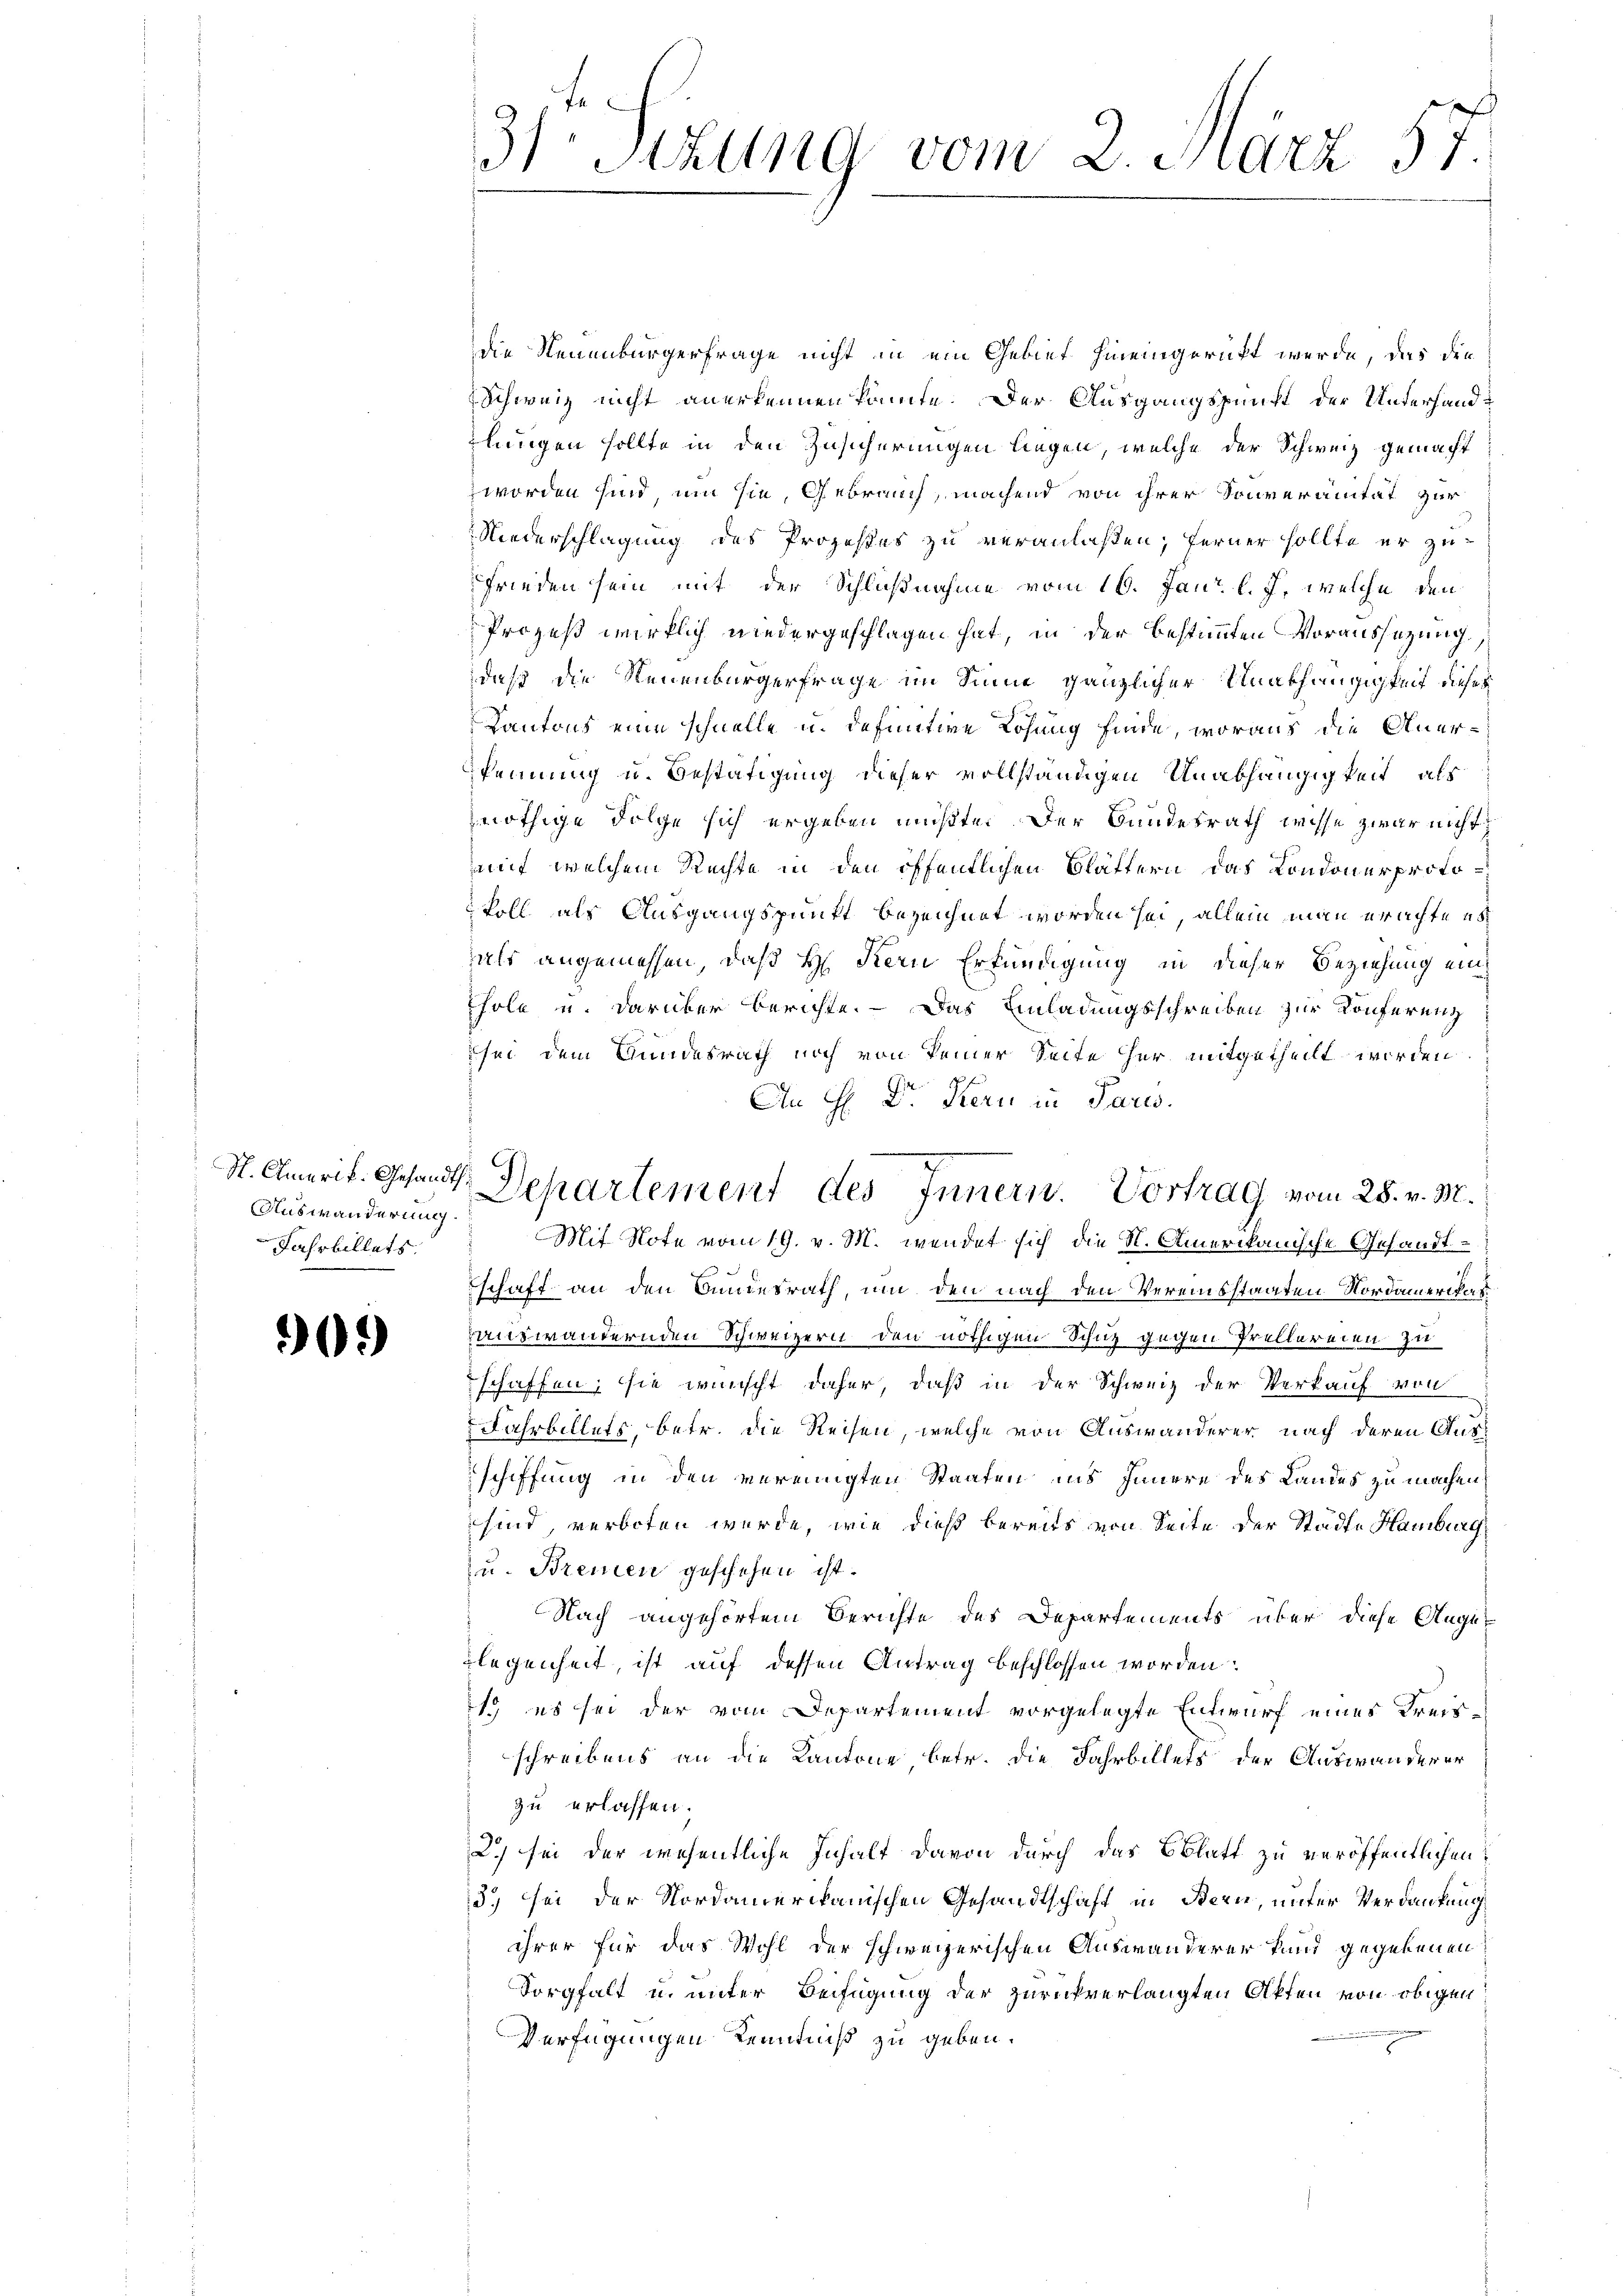
Auswanderung.
Jahrbillets,

2)

31. Sekung vom 2. März 57.

die Neuenburgerfrage nicht in ein Gebiet hineingerückt werde, das die
Schweiz nicht anerkennen könnte. Der Ausgangspunkt der Unterhandlungen sollte in den Zusicherungen liegen, welche der Schweiz gemacht
worden sind, um sie, Gebrauch, machend von ihrer Souveranität zur
Niederschlagung des Prozeßes zu veranlaßen, ferner sollte er zu
Frieden sein mit der Schlußnahme vom 16. Janr. l. J. welche den
Prozeß wirklich niedergeschlagen hat, in der bestimmten Voraussetzung.
daß die Neuenburgerfrage im Sinne gänzlicher Unabhängigkeit dieses
Kantons eine schnelle u. definitive Lösung finde, woraus die Anerkennung u. Bestätigung dieser vollständigen Unabhängigkeit, als
nöthige Folge sich ergeben müßte. Der Bundesrath wisse zwar nicht
af, welchem Rechte in den öffentlichen Blättern das Condonerprotovoll als Ausgangspunkt bezeichnet worden sei, allein man erachtens
als angemessen, daß H. Kern Erkundigung in dieser Beziehung ein¬
Thole u. darüber berichte. — Das Einladungsschreiben zur Konferung
sei dem Bundesrath noch von keiner Seite her mitgetheilt worden.
An H. Dr. Kern in Paris.
Mit Note vom 19. v. M. wendet sich die St. Amerikanische Gesandt-

schaft an den Bundesrath, um den nach den Vereinsstaaten Nordamerikasanswandernden Schweizern den nöthigen Schutz gegen Prellereien zu
schaffen; sie wünscht daher, daß in der Schweiz der Verkauf voll
Fahrbillets, betr. die Reisen, welche von Auswanderer nach deren Ausschiffung in den vereinigten Staaten ins Innern des Landes zu machen,
sind, verboten wurde, wie dieß bereits von Seite der Städte Hamburg
u. Bremen geschehen ist.
Nach angehörtem Berichte des Departements über diese Augu-
legenheit, ist auf dessen Antrag beschlossen worden:
1.) es sei der vom Departement vorgelegte Entwurf eines Freisschreibens an die Kantone betr. die Fahrbillets der Auswanderer
zu erlassen;
2.) sei der wesentliche Inhalt davon durch das Oblatt zu veröffentlichen
5.) sei der Nordamerikanischen Gesandtschaft in Bern, unter Verdankung
ihrer für das Wohl der schweizerischen Auswanderer kund gegebenen
Sorgfalt u. unter Beifügung der zurückverlangten Akten von obigen
Verfügungen Kenntniß zu geben.

St. Amerit. Gesandt Departement des Innern. Vortrag vom 28. v. M.